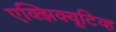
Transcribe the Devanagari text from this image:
एक्झिक्यूटिव्ह